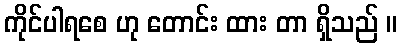
ကိုင်ပါရစေ ဟု တောင်း ထား တာ ရှိသည် ။